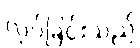
လုပ်ခြင်းသည်